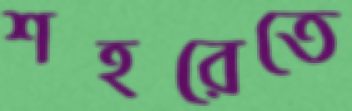
শহরেতে